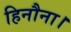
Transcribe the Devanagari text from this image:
हिनौना।